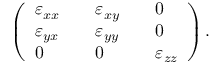
\begin{array} { r } { \left( \begin{array} { l l l l l } { \varepsilon _ { x x } } & { } & { \varepsilon _ { x y } } & { } & { 0 } \\ { \varepsilon _ { y x } } & { } & { \varepsilon _ { y y } } & { } & { 0 } \\ { 0 } & { } & { 0 } & { } & { \varepsilon _ { z z } } \end{array} \right) . } \end{array}